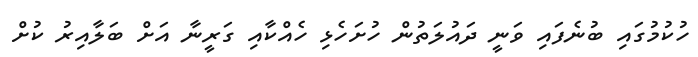
ހުކުމުގައި ބުނެފައި ވަނީ ދައުލަތުން ހުށަހެޅި ހެއްކާއި ގަރީނާ އަށް ބަލާއިރު ކުށް